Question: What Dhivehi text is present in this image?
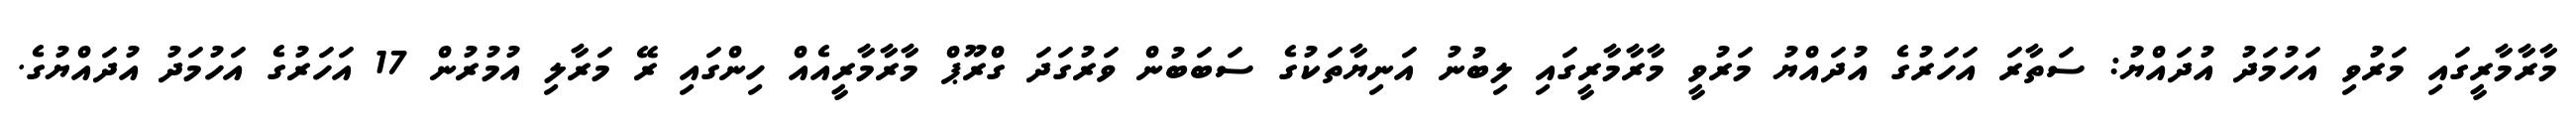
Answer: މާރާމާރީގައި މަރުވި އަހުމަދު އުދައްޔު: ސަތާރަ އަހަރުގެ އުދައްޔު މަރުވީ މާރާމާރީގައި ލިބުނު އަނިޔާތަކުގެ ސަބަބުން ވަރުގަދަ ގްރޫޕް މާރާމާރީއެއް ހިންގައި ރޭ މަރާލި އުމުރުން 17 އަހަރުގެ އަހުމަދު އުދައްޔުގެ.